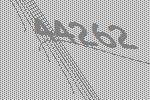
44262